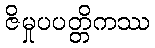
ဇိမှုပပတ္တိကဿ